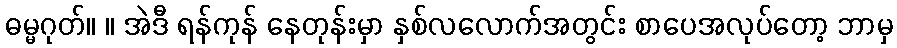
ဓမ္မဂုတ်။ ။ အဲဒီ ရန်ကုန် နေတုန်းမှာ နှစ်လလောက်အတွင်း စာပေအလုပ်တော့ ဘာမှ